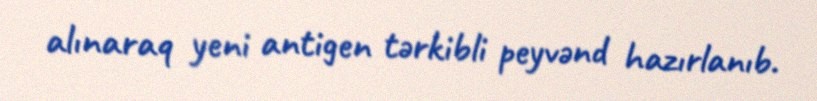
alınaraq yeni antigen tərkibli peyvənd hazırlanıb.